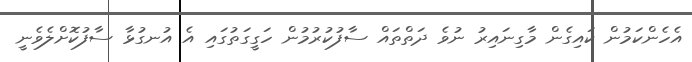
އެހެންކަމުން ކައިގެން މާގިނައިރު ނުވެ ދަތްތައް ސާފުކުރުމުން ހަގީގަތުގައި އެ އުނގުޅާ ސާފުކޮށްލެވެނީ